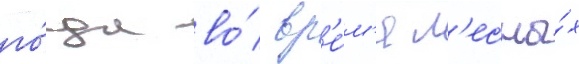
го́да во́ вр'е́м'я л'есны́х